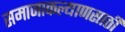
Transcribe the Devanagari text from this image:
समाजाकल्याणसाठी